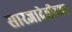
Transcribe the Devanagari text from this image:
सारजादेवीच्या